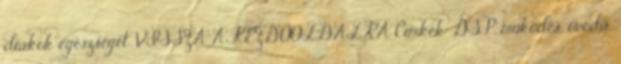
diákok egészségét. VISSZA A KEZDŐOLDALRA Címkék: DSP, működés, óvoda,